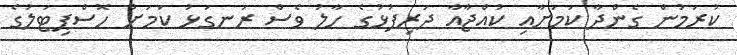
ކުރަމުން ގެންދާ ކަމަށާއި ކުއްޖާއާ ދަރިފުޅުގެ ހާލު ވެސް ރަނގަޅު ކަމަށް ހޮސްޕިޓަލުގެ